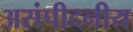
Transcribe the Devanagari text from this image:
असंपीदनीय